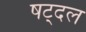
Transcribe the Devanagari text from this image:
षट्दल